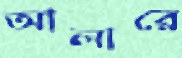
আলারে